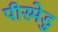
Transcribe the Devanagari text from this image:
पीरमेडु